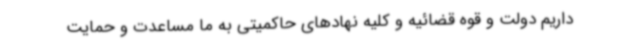
داریم دولت و قوه قضائیه و کلیه نهادهای حاکمیتی به ما مساعدت و حمایت